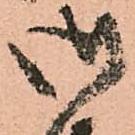
御